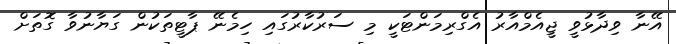
އޭނާ ވިދާޅުވީ ޖީއެމްއާރު އެގްރިމަންޓަކީ މި ސަރުކާރުގައި ހިމެނޭ ޕާޓީތަކުން ގަޔާނުވާ ގޮތަށް